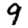
Digit: 9